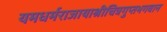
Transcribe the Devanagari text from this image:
यमधर्मराजायाश्रीचित्रगुप्तभगवान